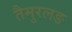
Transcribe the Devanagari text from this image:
तैमुरलङ